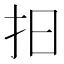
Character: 𢪏